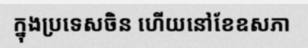
ក្នុងប្រទេសចិន ហើយនៅខែឧសភា